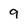
Character: 9